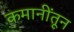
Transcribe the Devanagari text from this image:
कमानींतून